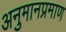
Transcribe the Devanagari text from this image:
अनुमानप्रमाण